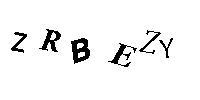
ZRBEZY